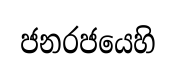
ජනරජයෙහි